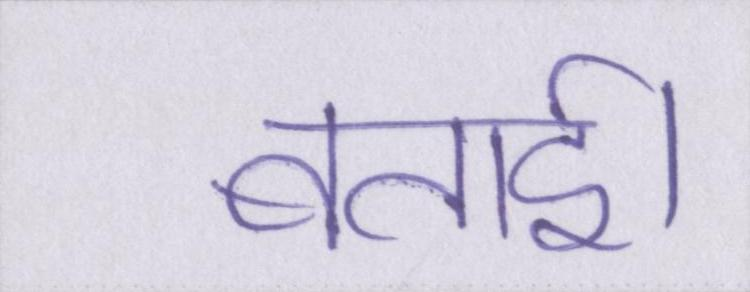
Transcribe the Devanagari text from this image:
बताई।